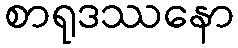
စာရုဒဿနော